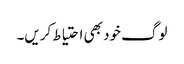
لوگ خود بھی احتیاط کریں۔